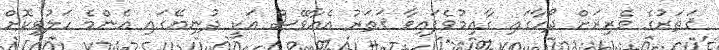
ޤަތަރުގެ ވެރިރަށް ދޯހާގައި ގާއިމުވެފައިވާ ޤަތަރު އެއާވޭސް އަކީ ދުނިޔޭގައި އެންމެ ހަލުވިކޮށް